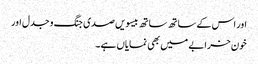
اور اس کے ساتھ ساتھ بیسویں صدی جنگ و جدل اور
خون خرابے میں بھی نمایاں ہے۔